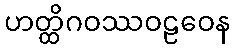
ဟတ္ထိဂဝဿဝဠဝေန